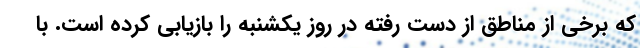
که برخی از مناطق از دست رفته در روز یکشنبه را بازیابی کرده است. با